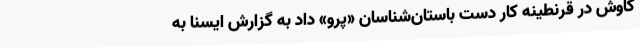
کاوش در قرنطینه کار دست باستان‌شناسان «پرو» داد به گزارش ایسنا به